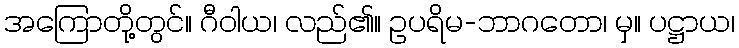
အကြောတို့တွင်။ ဂီဝါယ၊ လည်၏။ ဥပရိမ-ဘာဂတော၊ မှ။ ပဋ္ဌာယ၊